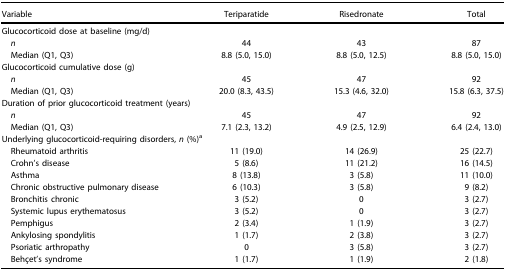
<table><thead><tr><td><b>Variable</b></td><td><b>Teriparatide</b></td><td><b>Risedronate</b></td><td><b>Total</b></td></tr></thead><tbody><tr><td colspan="4">Glucocorticoid dose at baseline (mg/d)</td></tr><tr><td> <i>n</i></td><td>44</td><td>43</td><td>87</td></tr><tr><td> Median (Q1, Q3)</td><td>8.8 (5.0, 15.0)</td><td>8.8 (5.0, 12.5)</td><td>8.8 (5.0, 15.0)</td></tr><tr><td colspan="4">Glucocorticoid cumulative dose (g)</td></tr><tr><td> <i>n</i></td><td>45</td><td>47</td><td>92</td></tr><tr><td> Median (Q1, Q3)</td><td>20.0 (8.3, 43.5)</td><td>15.3 (4.6, 32.0)</td><td>15.8 (6.3, 37.5)</td></tr><tr><td colspan="4">Duration of prior glucocorticoid treatment (years)</td></tr><tr><td> <i>n</i></td><td>45</td><td>47</td><td>92</td></tr><tr><td> Median (Q1, Q3)</td><td>7.1 (2.3, 13.2)</td><td>4.9 (2.5, 12.9)</td><td>6.4 (2.4, 13.0)</td></tr><tr><td colspan="4">Underlying glucocorticoid-requiring disorders, <i>n</i> (%)2</td></tr><tr><td> Rheumatoid arthritis</td><td>11 (19.0)</td><td>14 (26.9)</td><td>25 (22.7)</td></tr><tr><td> Crohn&#x27;s disease</td><td>5 (8.6)</td><td>11 (21.2)</td><td>16 (14.5)</td></tr><tr><td> Asthma</td><td>8 (13.8)</td><td>3 (5.8)</td><td>11 (10.0)</td></tr><tr><td> Chronic obstructive pulmonary disease</td><td>6 (10.3)</td><td>3 (5.8)</td><td>9 (8.2)</td></tr><tr><td> Bronchitis chronic</td><td>3 (5.2)</td><td>0</td><td>3 (2.7)</td></tr><tr><td> Systemic lupus erythematosus</td><td>3 (5.2)</td><td>0</td><td>3 (2.7)</td></tr><tr><td> Pemphigus</td><td>2 (3.4)</td><td>1 (1.9)</td><td>3 (2.7)</td></tr><tr><td> Ankylosing spondylitis</td><td>1 (1.7)</td><td>2 (3.8)</td><td>3 (2.7)</td></tr><tr><td> Psoriatic arthropathy</td><td>0</td><td>3 (5.8)</td><td>3 (2.7)</td></tr><tr><td> Behçet&#x27;s syndrome</td><td>1 (1.7)</td><td>1 (1.9)</td><td>2 (1.8)</td></tr></tbody></table>